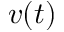
v ( t )